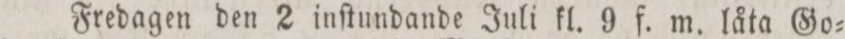
Fredagen den 2 inſtundande Juli kl. 9 f. m. låta Go=